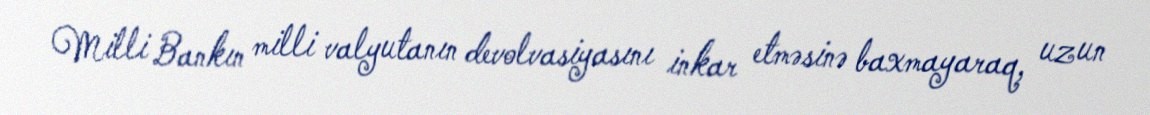
Milli Bankın milli valyutanın devolvasiyasını inkar etməsinə baxmayaraq, uzun